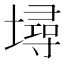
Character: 𡑎